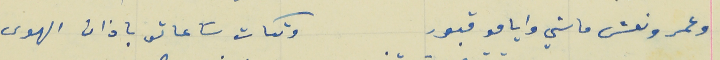
وعمر ونعش ماشي وايامو قبور                                 وتكات سَاعاتو باذان الهوى